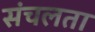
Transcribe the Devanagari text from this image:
संचलता